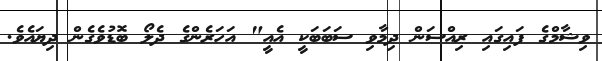
ވިޝާމްގެ ފައިގައި ރިއްސަން ދިމާވި ސަބަބަކީ އެއީ" އަހަރެންގެ ދެލޯ ބޮޑުވެގެން ދިޔައެވެ.